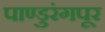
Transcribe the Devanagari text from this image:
पाण्डुरंगपूर